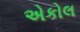
એકોલ